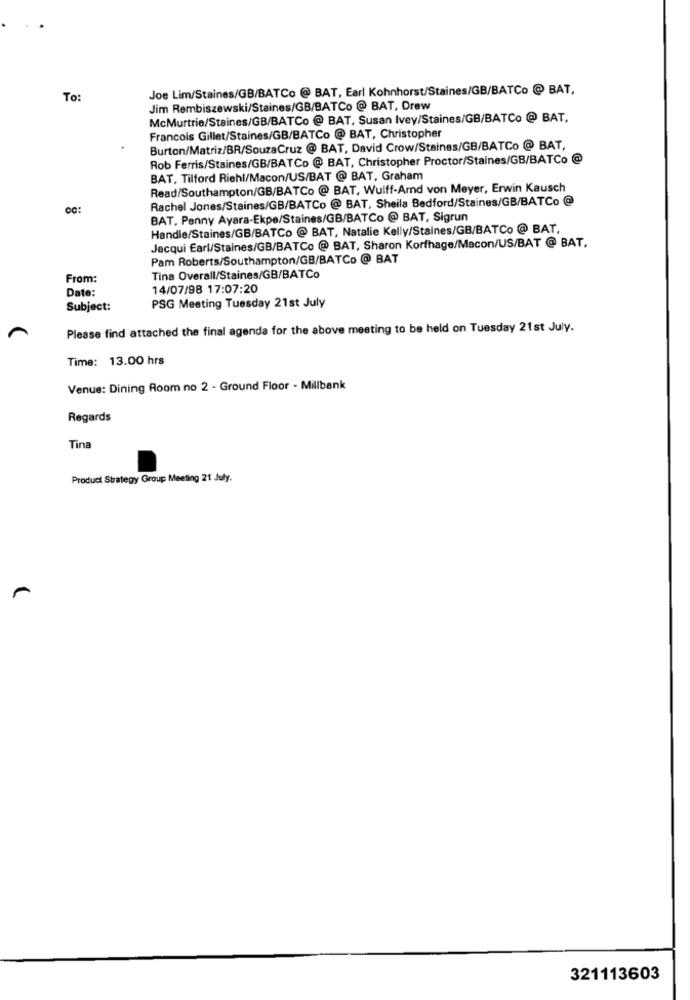
Joe Lim/Staines/GB/BATCo @ BAT, Earl Kohnhorst/Staines/GB/BATCo @ BAT,
To:
Jim Rembiszewski/Staines/GB/BATCo @ BAT, Drew
McMurtrie/Staines/GB/BATCo @ BAT, Susan Ivey/Staines/GB/BATCo @ BAT,
Francois Gillet/Staines/GB/BATCo @ BAT, Christopher
Burton/Matriz/BR/SouzaCruz @ BAT, David Crow/Staines/GB/BATCo @ BAT,
Rob Ferris/Staines/GB/BATCo @ BAT, Christopher Proctor/Staines/GB/BATCo @
BAT, Tilford Riehl/Macon/US/BAT @ BAT, Graham
Read/Southampton/GB/BATCo @ BAT, Wulff-Arnd von Meyer, Erwin Kausch
Rachel Jones/Staines/GB/BATCo @ BAT, Sheila Bedford/Staines/GB/BATCo @
BAT, Penny Ayara-Ekpe/Staines/GB/BATCo @ BAT, Sigrun
Handle/Staines/GB/BATCo @ BAT, Natalie Kelly/Staines/GB/BATCo @ BAT,
Jacqui Earl/Staines/GB/BATCo @ BAT, Sharon Korfhage/Macon/US/BAT @ BAT,
Pam Roberts/Southampton/GB/BATCo @ BAT
From:
Tina Overall/Staines/GB/BATCo
Date:
14/07/98 17:07:20
Subject:
PSG Meeting Tuesday 21st July
Please find attached the final agenda for the above meeting to be held on Tuesday 21st July.
Time: 13.00 hrs
Venue: Dining Room no 2 - Ground Floor - Millbank
Regards
Tina
Product Strategy Group Meeting 21 July.
321113603